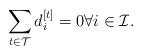
LaTeX: \begin{align*}\sum_{t \in \mathcal{T}}{d_i^{[t]} } =0 \forall i \in \mathcal{I}.\end{align*}